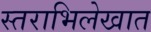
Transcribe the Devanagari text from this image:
स्तराभिलेखात